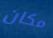
مكان